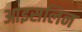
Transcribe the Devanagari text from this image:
आइसलिन